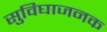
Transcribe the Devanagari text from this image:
सुविघाजनक